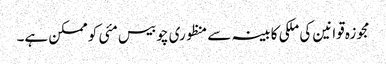
مجوزہ قوانین کی ملکی کابینہ سے منظوری چوبیس مئی کو ممکن ہے۔